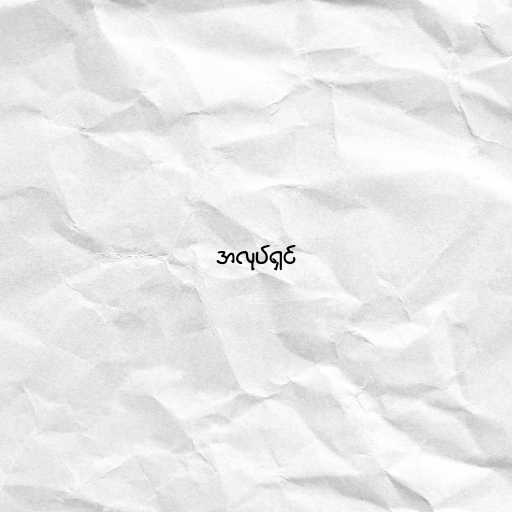
အလုပ်ရှင်